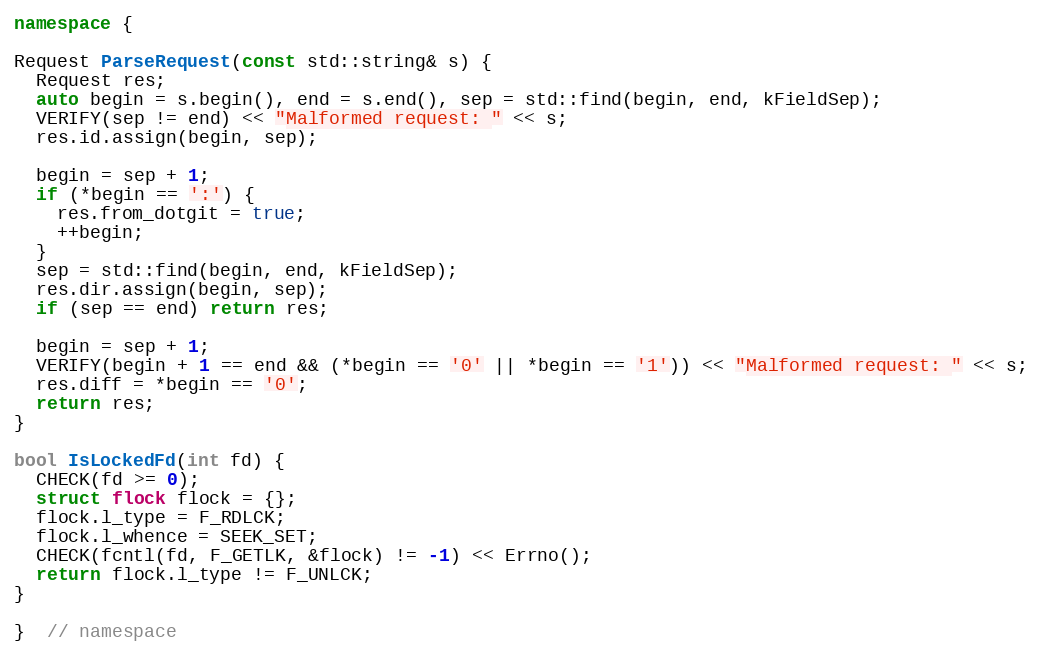
Language: C++
namespace {

Request ParseRequest(const std::string& s) {
  Request res;
  auto begin = s.begin(), end = s.end(), sep = std::find(begin, end, kFieldSep);
  VERIFY(sep != end) << "Malformed request: " << s;
  res.id.assign(begin, sep);

  begin = sep + 1;
  if (*begin == ':') {
    res.from_dotgit = true;
    ++begin;
  }
  sep = std::find(begin, end, kFieldSep);
  res.dir.assign(begin, sep);
  if (sep == end) return res;

  begin = sep + 1;
  VERIFY(begin + 1 == end && (*begin == '0' || *begin == '1')) << "Malformed request: " << s;
  res.diff = *begin == '0';
  return res;
}

bool IsLockedFd(int fd) {
  CHECK(fd >= 0);
  struct flock flock = {};
  flock.l_type = F_RDLCK;
  flock.l_whence = SEEK_SET;
  CHECK(fcntl(fd, F_GETLK, &flock) != -1) << Errno();
  return flock.l_type != F_UNLCK;
}

}  // namespace